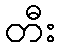
တီး